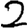
Digit: 2